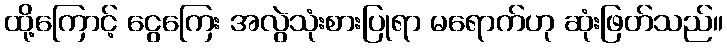
ထို့ကြောင့် ငွေကြေး အလွဲသုံးစားပြုရာ မရောက်ဟု ဆုံးဖြတ်သည်။